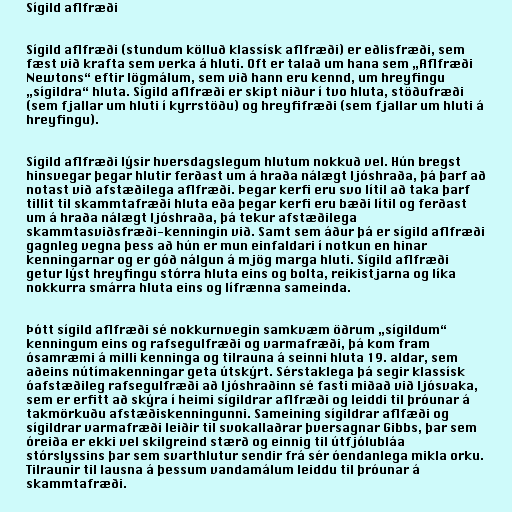
Sígild aflfræði

Sígild aflfræði (stundum kölluð klassísk aflfræði) er eðlisfræði, sem
fæst við krafta sem verka á hluti. Oft er talað um hana sem „Aflfræði
Newtons“ eftir lögmálum, sem við hann eru kennd, um hreyfingu
„sígildra“ hluta. Sígild aflfræði er skipt niður í tvo hluta, stöðufræði
(sem fjallar um hluti í kyrrstöðu) og hreyfifræði (sem fjallar um hluti á
hreyfingu).

Sígild aflfræði lýsir hversdagslegum hlutum nokkuð vel. Hún bregst
hinsvegar þegar hlutir ferðast um á hraða nálægt ljóshraða, þá þarf að
notast við afstæðilega aflfræði. Þegar kerfi eru svo lítil að taka þarf
tillit til skammtafræði hluta eða þegar kerfi eru bæði lítil og ferðast
um á hraða nálægt ljóshraða, þá tekur afstæðilega
skammtasviðsfræði-kenningin við. Samt sem áður þá er sígild aflfræði
gagnleg vegna þess að hún er mun einfaldari í notkun en hinar
kenningarnar og er góð nálgun á mjög marga hluti. Sígild aflfræði
getur lýst hreyfingu stórra hluta eins og bolta, reikistjarna og líka
nokkurra smárra hluta eins og lífrænna sameinda.

Þótt sígild aflfræði sé nokkurnvegin samkvæm öðrum „sígildum“
kenningum eins og rafsegulfræði og varmafræði, þá kom fram
ósamræmi á milli kenninga og tilrauna á seinni hluta 19. aldar, sem
aðeins nútímakenningar geta útskýrt. Sérstaklega þá segir klassísk
óafstæðileg rafsegulfræði að ljóshraðinn sé fasti miðað við ljósvaka,
sem er erfitt að skýra í heimi sígildrar aflfræði og leiddi til þróunar á
takmörkuðu afstæðiskenningunni. Sameining sígildrar aflfæði og
sígildrar varmafræði leiðir til svokallaðrar þversagnar Gibbs, þar sem
óreiða er ekki vel skilgreind stærð og einnig til útfjólubláa
stórslyssins þar sem svarthlutur sendir frá sér óendanlega mikla orku.
Tilraunir til lausna á þessum vandamálum leiddu til þróunar á
skammtafræði.